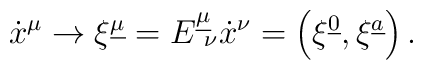
{\dot{x}}^{\mu} \to\xi^{\underline{\mu}} = E^{\underline{\mu}}_{\ \nu} {\dot{x}}^{\nu}=\left( \xi^{\underline{0}}, \xi^{\underline{a}} \right).